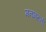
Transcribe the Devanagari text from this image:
मनभरुनी